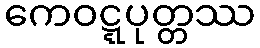
ကေဝဋ္ဋပုတ္တဿ